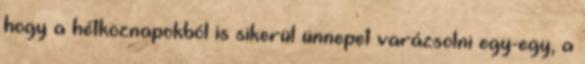
hogy a hétköznapokból is sikerül ünnepet varázsolni egy-egy, a